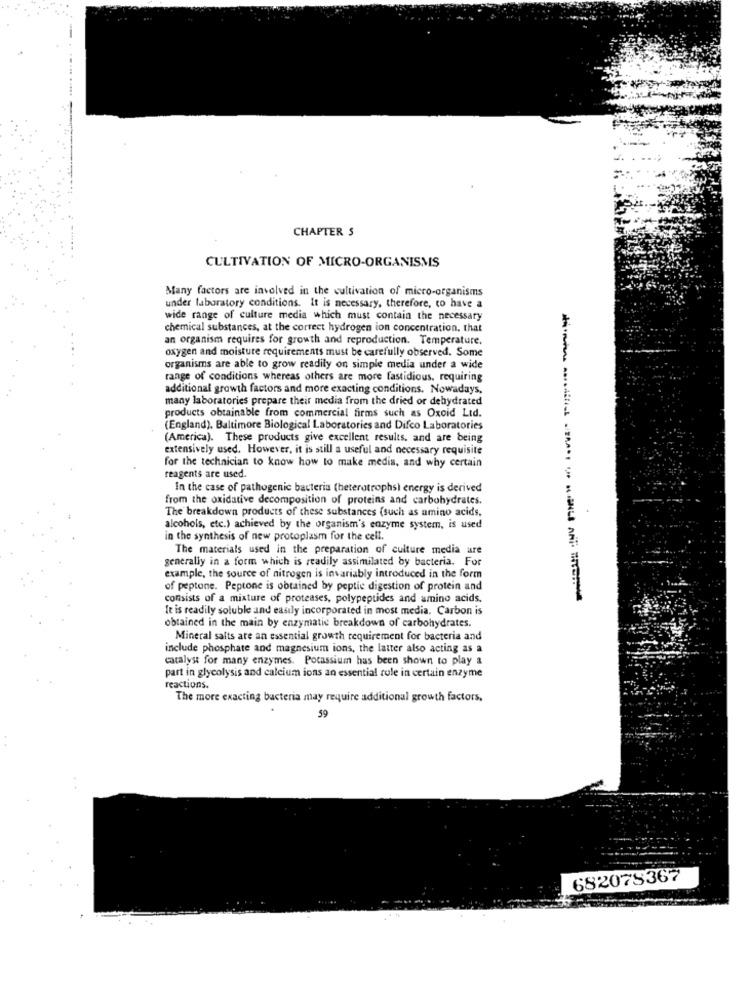
CHAPTER S
CULTIVATION OF MICRO-ORGANISMS
Many factors are involved in the cultivation of micro-organisms
under laboratory conditions. It is necessary, therefore, to have a
wide range of culture media which must contain the necessary
chemical substances, at the correct hydrogen ion concentration. that
an organism requires for growth and reproduction. Temperature.
oxygen and moisture requirements must be carefully observed. Some
organisms are able to grow readily on simple media under a wide
range of conditions whereas others are more fastidious, requiring
additional growth factors and more exacting conditions. Nowadays,
many laboratories prepare their media from the dried or dehydrated
products obtainable from commercial firms such as Oxoid Lid.
(England). Baltimore Biological Laboratories and Difco Laboratories
(America). These products give excellent results, and are being
extensively used. However, it is still a useful and necessary requisite
for the technician to know how to make media, and why certain
reagents are used.
In the case of pathogenic bacteria (heterotrophs) energy is derived
from the oxidative decomposition of proteins and carbohydrates.
The breakdown products of these substances (such as amino acids,
alcohols, etc.) achieved by the organism's enzyme system, is used
in the synthesis of new protoplasm for the cell.
The materials used in the preparation of culture media are
generally in a form which is readily assimilated by bacteria. For
example, the source of nitrogen is invariably introduced in the form
of peptone. Peptone is obtained by peptic digestion of protein and
consists of a mixture of proteases, polypeptides and amino acids.
It is readily soluble and easily incorporated in most media. Carbon is
obtained in the main by enzymatic breakdown of carbohydrates.
Mineral salts are an essential growth requirement for bacteria and
include phosphate and magnesium ions, the latter also acting as a
catalyst for many enzymes. Potassium has been shown to play a
part in glycolysis and calcium ions an essential role in certain enzyme
reactions.
The more exacting bacteria may require additional growth factors,
59
682078367